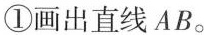
①画出直线AB。